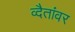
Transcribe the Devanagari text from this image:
व्दैतांवर